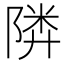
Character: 𱀨